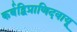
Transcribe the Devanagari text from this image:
कर्बद्विप्राणिदवायू